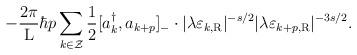
LaTeX: \begin{align*}- \frac{2\pi}{\rm L} \hbar p \sum_{k \in \cal Z} \frac{1}{2}[a_k^{\dagger},a_{k+p}]_{-} \cdot |\lambda\varepsilon_{k,\rm R}|^{-s/2}|\lambda \varepsilon_{k+p,\rm R}|^{-{3s}/2}.\end{align*}